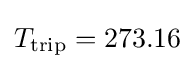
T_{\text{trip}}=273.16